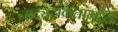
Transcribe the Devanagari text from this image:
नाट्यसंकेतांमध्ये